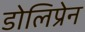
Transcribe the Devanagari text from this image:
डोलिप्रेन